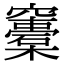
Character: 𥩀